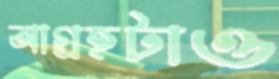
আগ্রহটাও